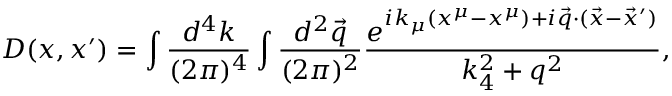
D ( x , x ^ { \prime } ) = \int { \frac { d ^ { 4 } k } { ( 2 \pi ) ^ { 4 } } } \int { \frac { d ^ { 2 } { \vec { q } } } { ( 2 \pi ) ^ { 2 } } } { \frac { e ^ { i k _ { \mu } ( x ^ { \mu } - x ^ { \mu } ) + i { \vec { q } } \cdot ( { \vec { x } } - { \vec { x } ^ { \prime } } ) } } { k _ { 4 } ^ { 2 } + q ^ { 2 } } } ,